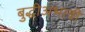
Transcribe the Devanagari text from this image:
बुद्धीअभावी